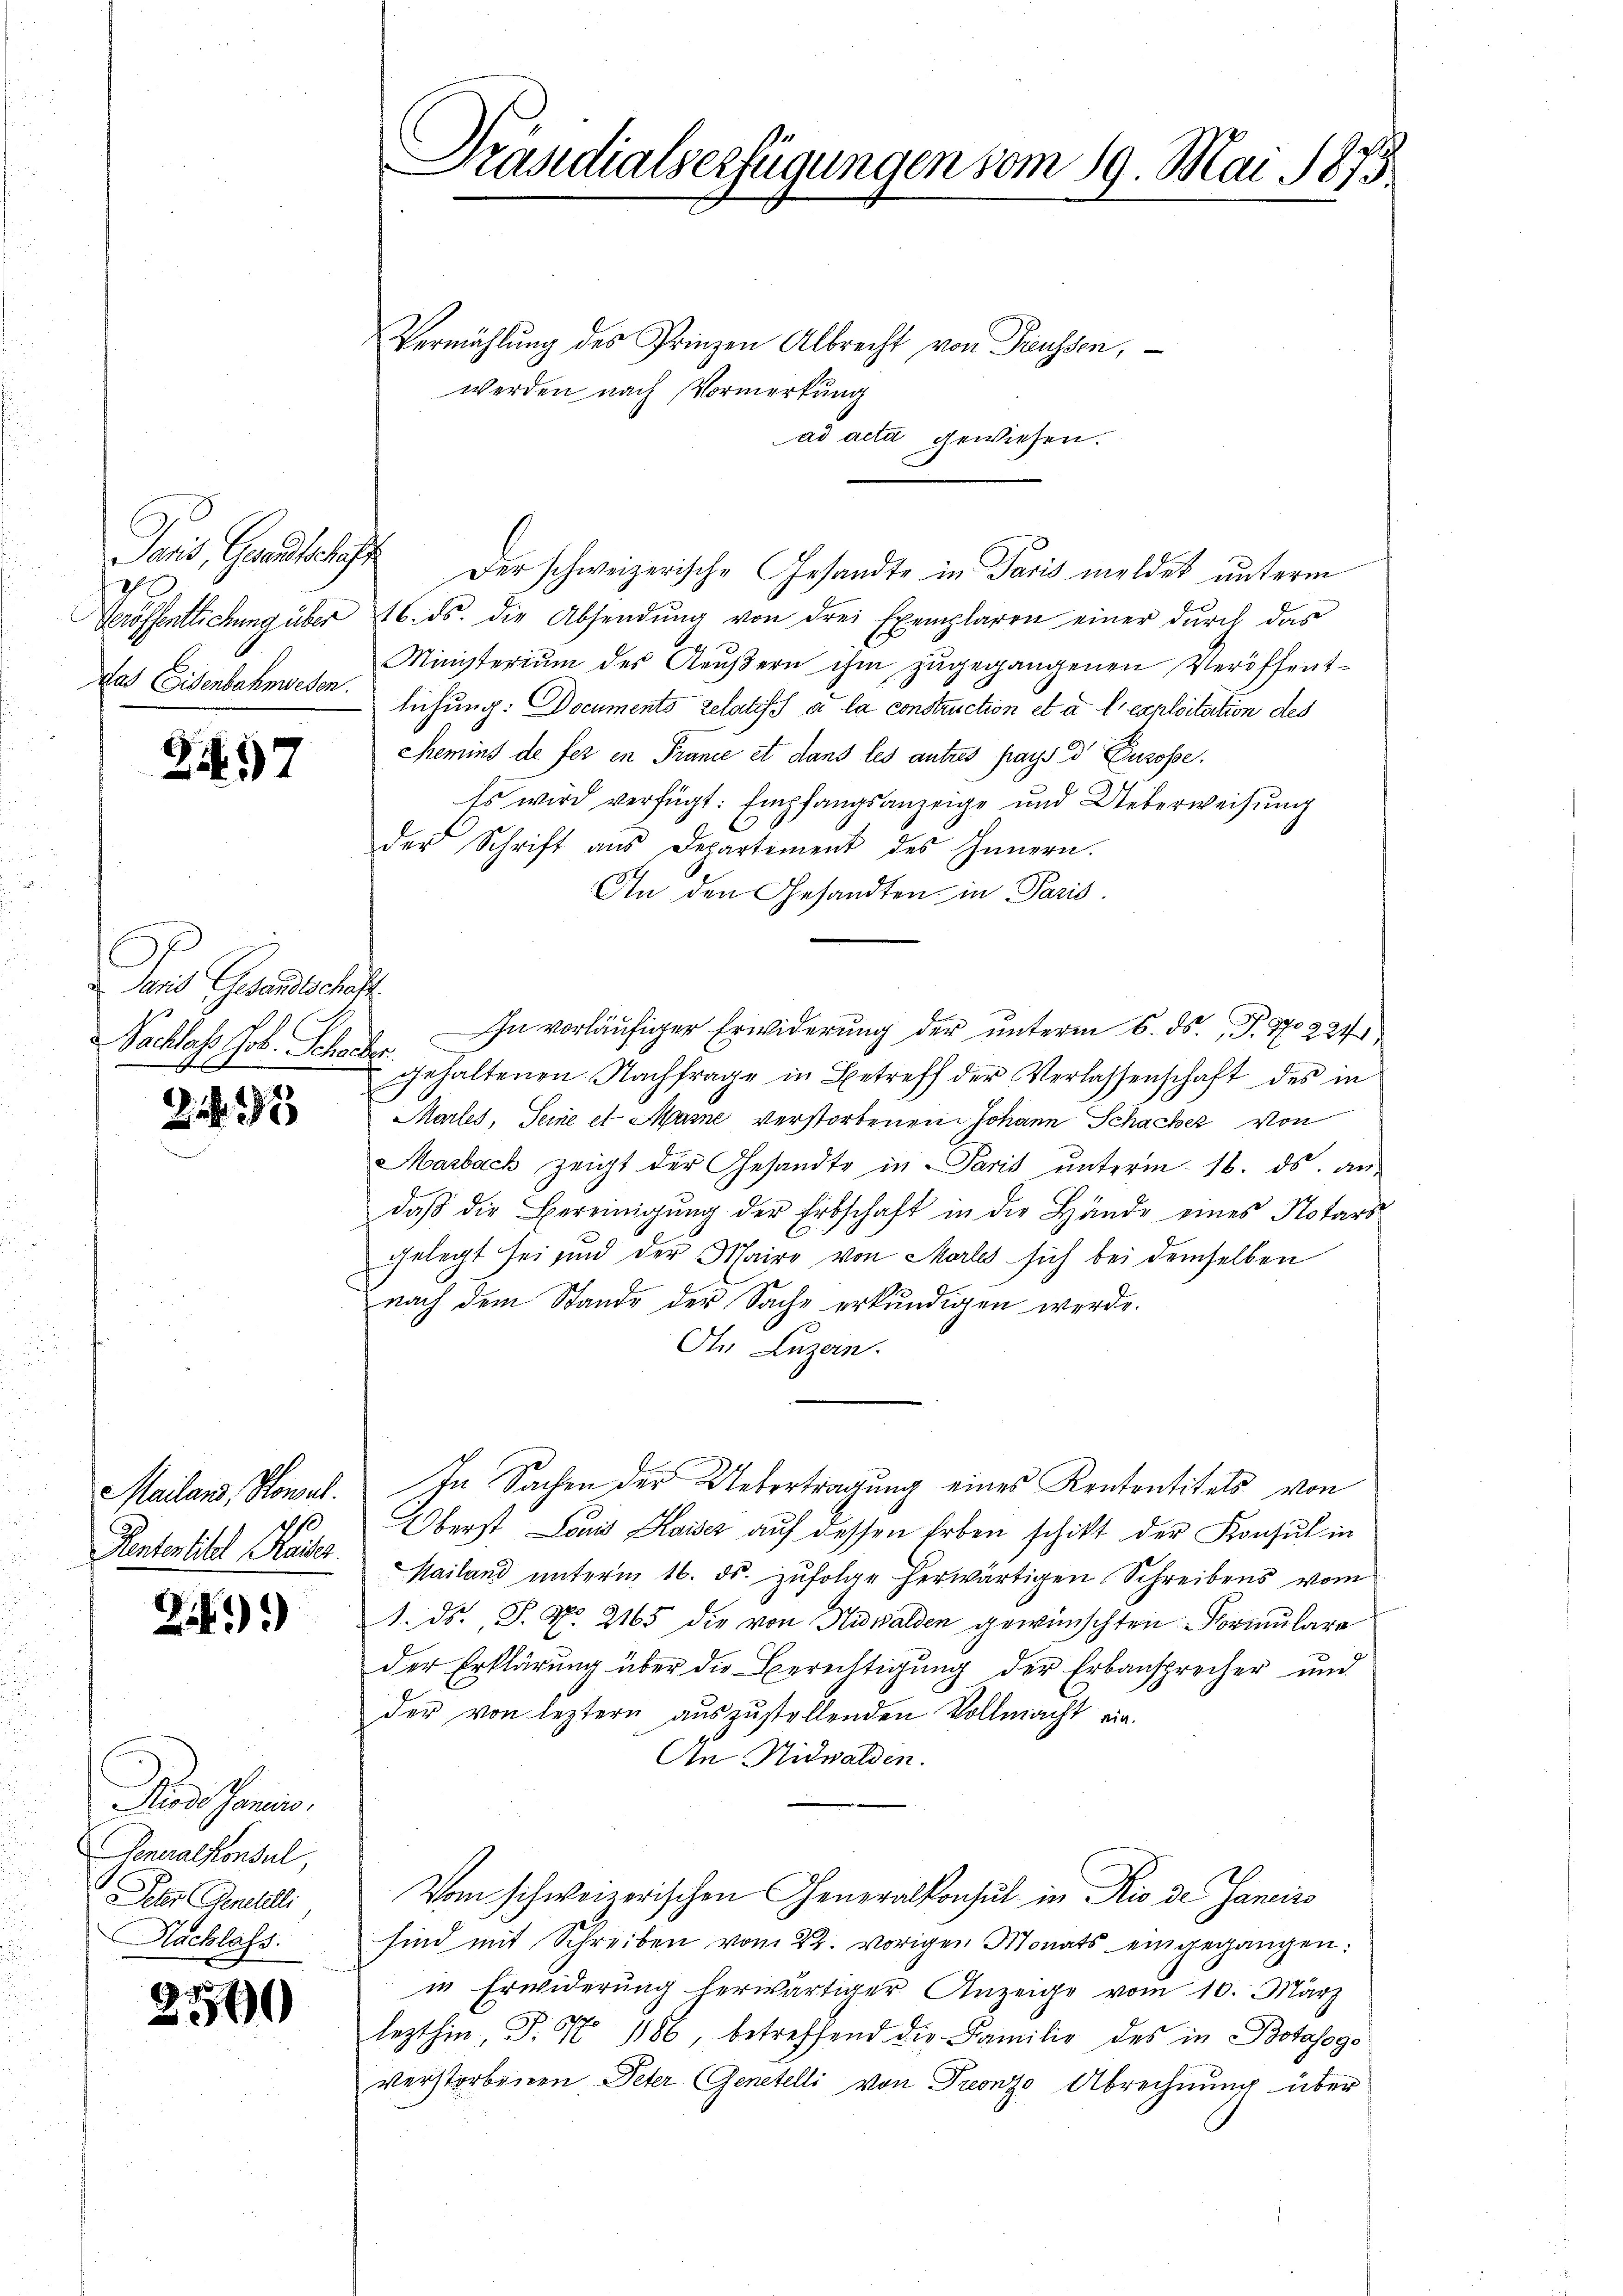
Paris, Gesandtschaft
20
das Eisenbahnwesen.

27

Jais Gesandtschaft.

3

Mailans, Konsul
Pententitel Kaiser.

2)

Ruesshanen,
Generalkonsul,
Jes (Geneheli
Nachlass.

2590

C
Prasdialserfügungen vom 19. Mai 1873.

Vermählung des Prinzen Albrecht von Preussen,
werden nach Vormerkung
ad acta gewiesen.
Der schweizerische Gesandte in Paris meldet unterm
eröffentlichung über 16. ds. die Absendŭng von drei Exemplaren einer durch das
Ministerium des Aeŭβern ihm zugegangenen Veröffentlichung: Documents relatisch a la construction et à l’exploitation des
Semins de fer in France et dans les autres pays d Eurosse.
Es wird verfügt: Empfangsanzeige und Ueberweisung
der Schrift aus Departement des Innern.
An den Gesandten in Paris.
In vorläufiger Erwiderung der unterm 6. ds. P. No 224
Sachlass Jos. Scher gehaltenen Nachfrage in Betreff der Verlassenschaft des in
Marles, Seine et Marne verstorbenen Johann Schacher von
Marbach zeigt der Gesandte in Paris ŭnterm 16. ds. an-
daβ die Bereinigŭng der Erbschaft in die Hände eines Notars
gelegt sei und der Mairo von Morles sich bei demselben
nach dem Stande der Sache erkundigen werde.
In Luzern.
In Sachen der Uebertragung eines Kententitels von
Überst Louis Kaiser auf dessen Erben schikt der Konsul in
Mailand ŭnterm 16. ds. zŭfolge herwärtigen Schreibens vom
1. ds. S. Nr. 2165 die von Nidwalden gewünschten Formulare
der Erklärung über die Berechtigung der Erbansprecher und
der von leztern auszustellenden Vollmacht ein¬
An Nidwalden.
Vom schweizerischen Generalkonsul in Rio de Janeiro
sind mit Schreiben vom 22. vorigen Monats eingegangen:
in Erwiderung herwärtiger Anzeige vom 10. März
lezthin, P. No 1186, betreffend die Familie des in Botasoge
verstorbenen Peter Genetelli von Treonz Abrechnung über